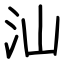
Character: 汕